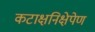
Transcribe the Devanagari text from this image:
कटाक्षनिक्षेपेण